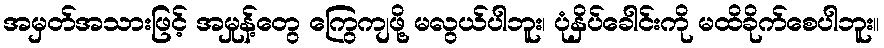
အမှတ်အသားဖြင့် အမှုန့်တွေ ကြွေကျဖို့ မလွယ်ပါဘူး၊ ပုံနှိပ်ခေါင်းကို မထိခိုက်စေပါဘူး။